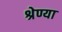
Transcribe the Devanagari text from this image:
श्रेण्या